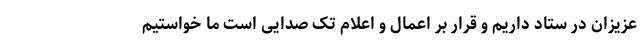
عزیزان در ستاد داریم و قرار بر اعمال و اعلام تک صدایی است ما خواستیم